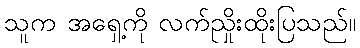
သူက အရှေ့ကို လက်ညှိုးထိုးပြသည်။